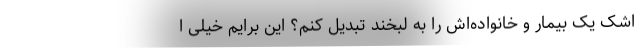
اشک یک بیمار و خانواده‌اش را به لبخند تبدیل کنم؟ این برایم خیلی ا